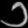
Digit: ၁